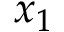
x _ { 1 }